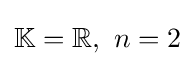
\mathbb {K} =\mathbb {R} ,\ n=2